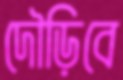
দৌড়িবে